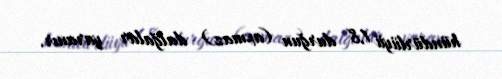
hündürlüyü 1,8 durğun (axmaz) dalğalar yaranır.